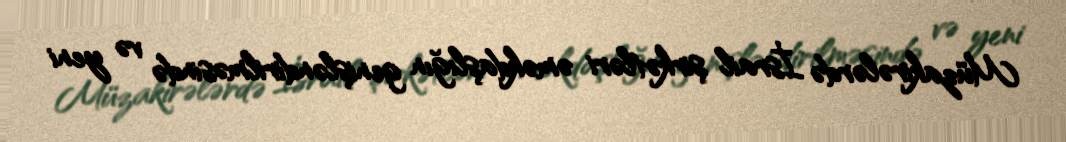
Müzakirələrdə İsrail şirkətləri əməkdaşlığın genişləndirilməsində və yeni